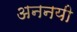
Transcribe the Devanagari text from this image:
अननयी